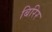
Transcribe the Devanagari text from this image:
बिरिर